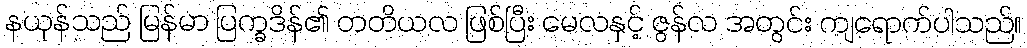
နယုန်သည် မြန်မာ ပြက္ခဒိန်၏ တတိယလ ဖြစ်ပြီး မေလနှင့် ဇွန်လ အတွင်း ကျရောက်ပါသည်။